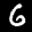
Label: 6